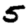
Digit: 5